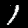
Label: 1